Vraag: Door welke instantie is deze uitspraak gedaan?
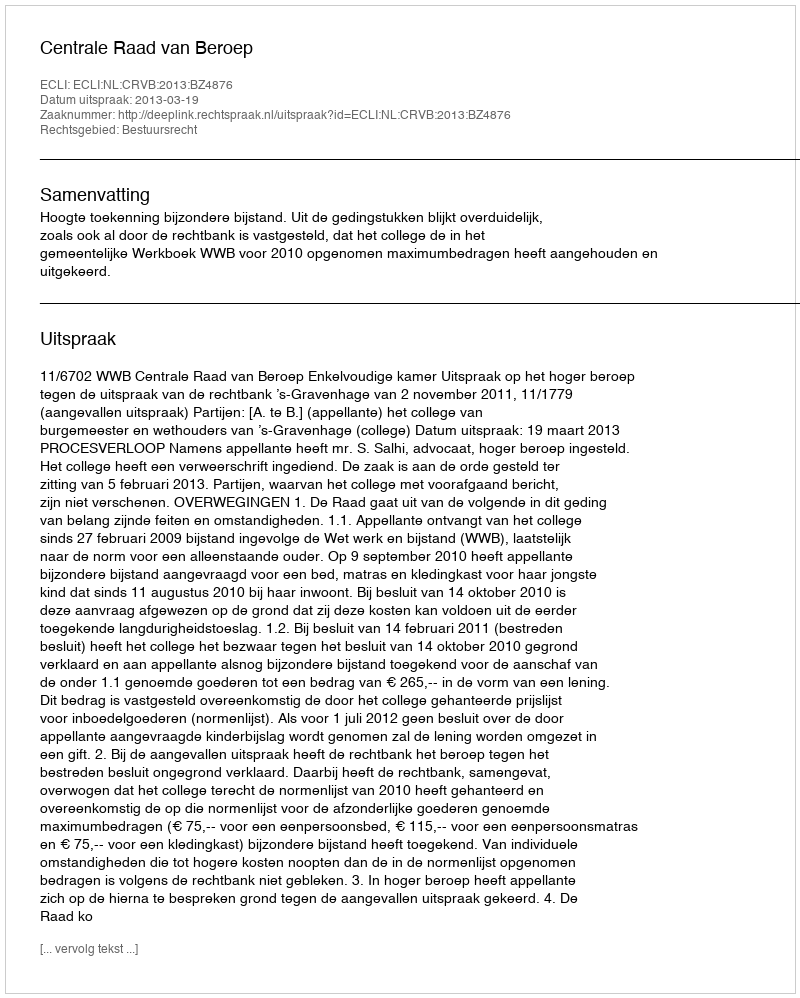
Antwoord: Centrale Raad van Beroep